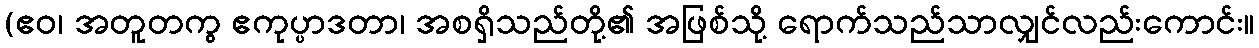
(ဧဝ၊ အတူတကွ ဧကုပ္ပာဒတာ၊ အစရှိသည်တို့၏ အဖြစ်သို့ ရောက်သည်သာလျှင်လည်းကောင်း။